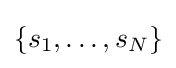
{\textstyle \{s_{1},\dots ,s_{N}\}}